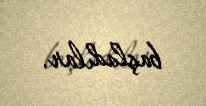
başladılar.